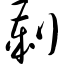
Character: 刿